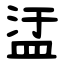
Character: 盓